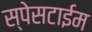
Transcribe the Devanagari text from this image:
स्पेसटाईम